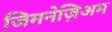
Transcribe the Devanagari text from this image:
जिमनेज़िअम